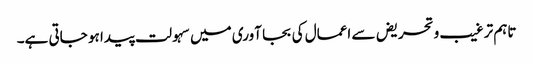
تاہم ترغیب وتحریض سے اعمال کی بجا آوری میں سہولت پیدا ہو جاتی ہے۔